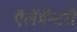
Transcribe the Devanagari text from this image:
ऍलॅमॅन्टरी